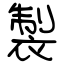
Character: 製